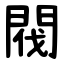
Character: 閥